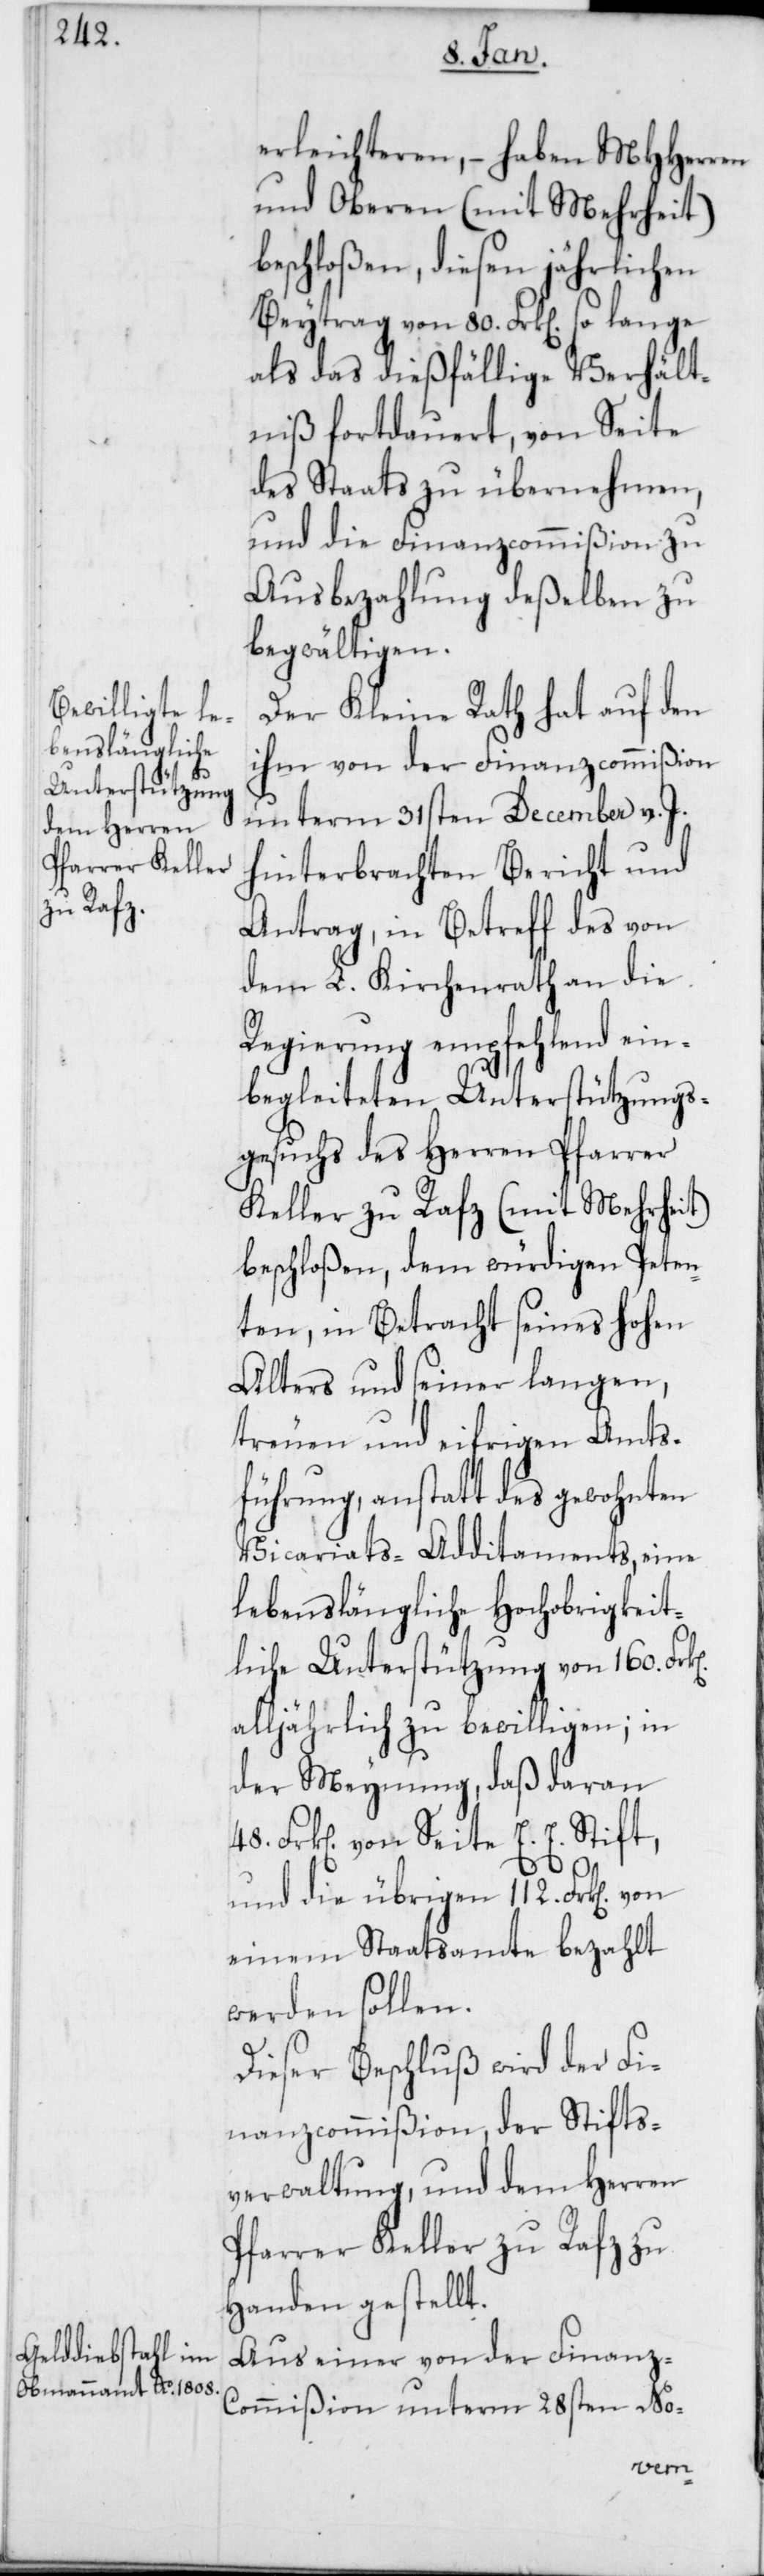
erleichteren, – haben MHHerren
und Oberen (mit Mehrheit)
beschloßen, diesen jährlichen
Beytrag von 80. Frk[en]. so lange
als das dießfällige Verhält¬
niß fortdauert, von Seite
des Staats zu übernehmen,
und die Finanzcommißion zu
Ausbezahlung deßelben zu
begwältigen.
Der Kleine Rath hat auf den
ihm von der Finanzcommißion
unterm 31sten December v. J.
hinterbrachten Bericht und
Antrag, in Betreff des von
dem L. Kirchenrath an die
Regierung empfehlend ein¬
begleiteten Unterstützungs¬
gesuchs des Herren Pfarrer
Keller zu Rafz (mit Mehrheit)
beschloßen, dem würdigen Peten¬
ten, in Betracht seines Hohen
Alters und seiner langen,
treuen und eifrigen Amts¬
führung, anstatt des gewohnten
Vicariats-Additaments, eine
lebenslängliche Hochobrigkeit¬
liche Unterstützung von 160. Fr¬
alljährlich zu bewilligen; in
der Meynung, daß daran
Frk[en]. von Seite E. E. Stift,
und die übrigen 112. Frk[en].
einem Staatsamte bezahlt
werden sollen.
Dieser Beschluß wird der Fi¬
nanzcommißion, der Stifts¬
verwaltung, und dem Herren
Pfarrer Keller zu Rafz zu
Handen gestellt.
Aus einer von der Finanz-C¬
ommißion unterm 28sten No-
von